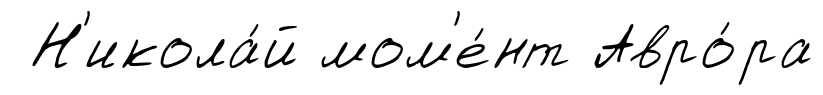
Н'икола́й мом'е́нт Авро́ра